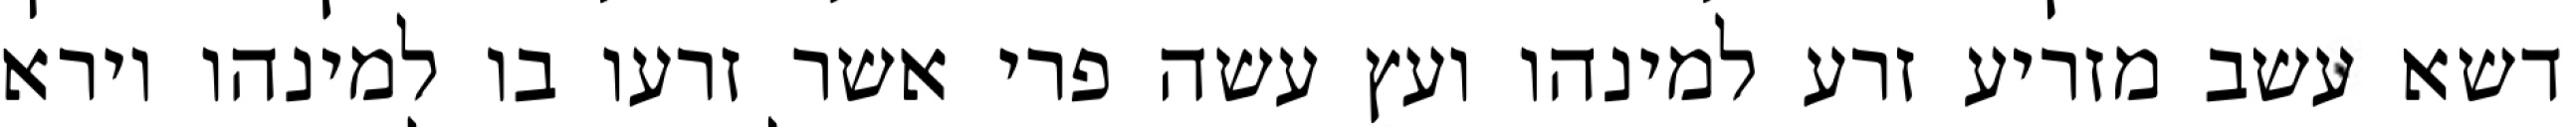
דשא עשב מזריע זרע למינהו ועץ עשה פרי אשר זרעו בו למינהו וירא